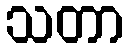
သတာ